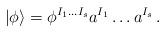
LaTeX: \begin{align*}|\phi\rangle =\phi^{I_1\ldots I_s}a^{I_1}\ldots a^{I_s}\,.\end{align*}